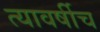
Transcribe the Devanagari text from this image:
त्यावर्षीच